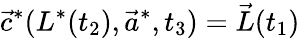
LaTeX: \vec{c}^{*}(L^{*}(t_{2}),\vec{a}^{*},t_{3})=\vec{L}(t_{1})